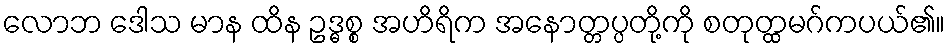
လောဘ ဒေါသ မာန ထိန ဥဒ္ဓစ္စ အဟိရိက အနောတ္တပ္ပတို့ကို စတုတ္ထမဂ်ကပယ်၏။